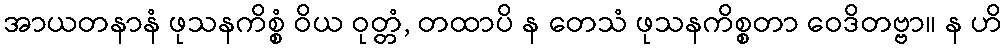
အာယတနာနံ ဖုသနကိစ္စံ ဝိယ ဝုတ္တံ, တထာပိ န တေသံ ဖုသနကိစ္စတာ ဝေဒိတဗ္ဗာ။ န ဟိ